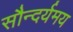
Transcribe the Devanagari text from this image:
सौन्दर्यमय